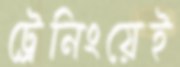
ট্রেনিংয়েই